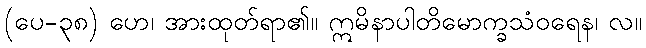
(ပေ-၃၈) ဟေ၊ အားထုတ်ရာ၏။ ဣမိနာပါတိမောက္ခသံဝရေန၊ လ။